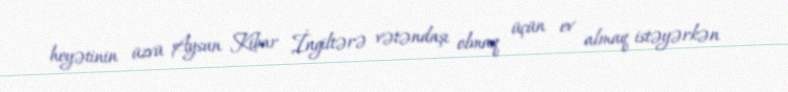
heyətinin üzvü Aysun Kibar İngiltərə vətəndaşı olmaq üçün ev almaq istəyərkən